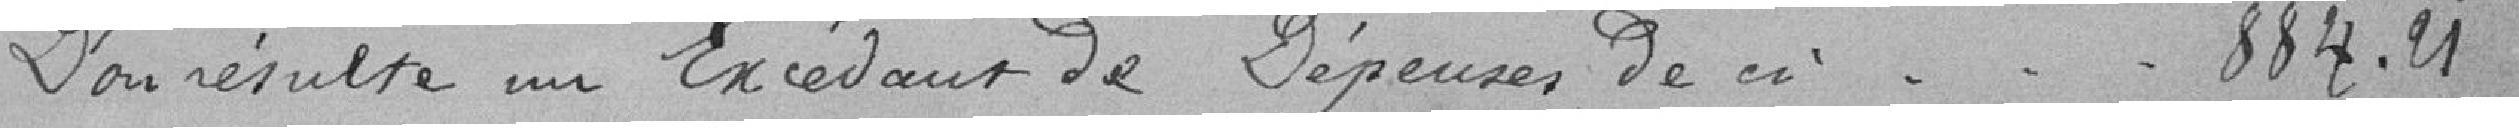
D'ou résulte un Excédent de Dépenses de  // ---     884.21